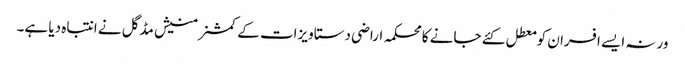
ورنہ ایسے افسران کو معطل کئے جانے کا محکمہ اراضی دستاویزات کے کمشنر منیش مڈگل نے انتباہ دیا ہے۔